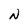
Character: N